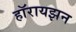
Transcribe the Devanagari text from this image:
हॉरायझन